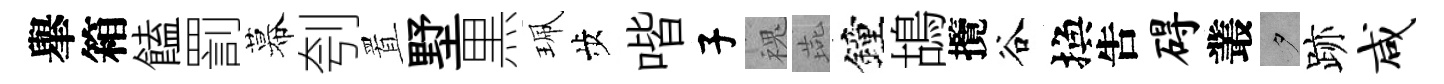
𦦙箱饁罰幕刳置墅黒珮歩喈子槐燕鐘鴣攬谷換吿碍叢夕跡咸